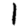
Digit: 1